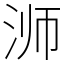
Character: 浉